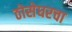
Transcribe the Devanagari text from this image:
ठोसेघरचा